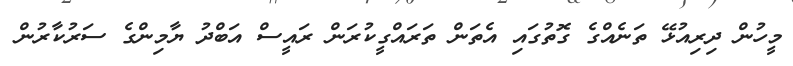
މީހުން ދިރިއުޅޭ ތަނެއްގެ ގޮތުގައި އެތަން ތަރައްގީކުރަން ރައީސް އަބްދު ޔާމިންގެ ސަރުކާރުން